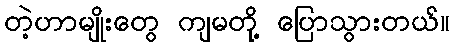
တဲ့ဟာမျိုးတွေ ကျမတို့ ပြောသွားတယ်။